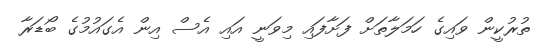
ތުރުކީން ވައިގެ ހަމަލާތަށް ފަށާފައި މިވަނީ އައި އެސް އިން އެގައުމުގެ ބޯޑަރާ